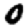
Digit: 0